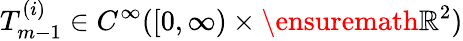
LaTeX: T_{m-1}^{(i)}\in C^{\infty}([0,\infty)\times\ensuremath{\mathbb{R}}^{2})